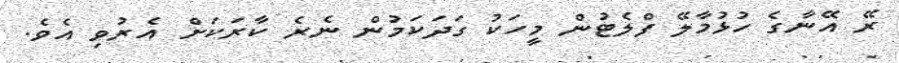
ރޭ އޭނާގެ ހުޅުމާލޭ ފްލެޓުން މީހަކު ގަދަކަމުން ނެރެ ކާރަކަށް އެރުވި އެވެ.